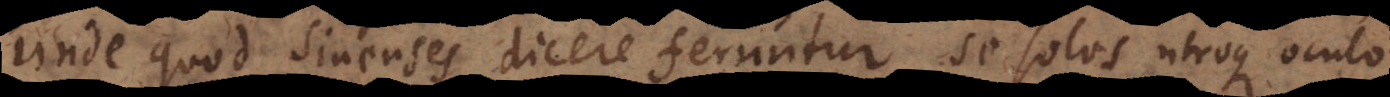
unde quod Sinenses dicere feruntur, se solos utroque oculo